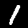
Digit: 1